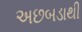
અછબડાથી